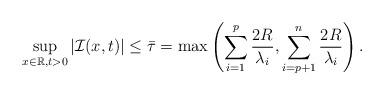
LaTeX: \begin{align*} \sup_{x\in\mathbb{R},t>0}|\mathcal{I}(x,t)|\leq \bar{\tau}=\max\left(\sum_{i=1}^p \frac{2R}{\lambda_i},\sum_{i=p+1}^n \frac{2R}{\lambda_i}\right).\end{align*}